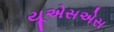
યૂએસએસ